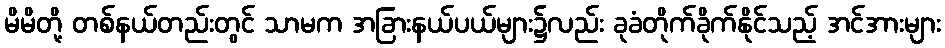
မိမိတို့ တစ်နယ်တည်းတွင် သာမက အခြားနယ်ပယ်များ၌လည်း ခုခံတိုက်ခိုက်နိုင်သည့် အင်အားများ